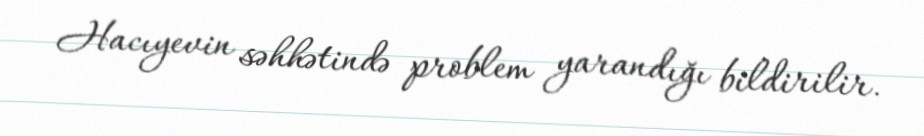
Hacıyevin səhhətində problem yarandığı bildirilir.